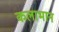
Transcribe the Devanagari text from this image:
कलाभान